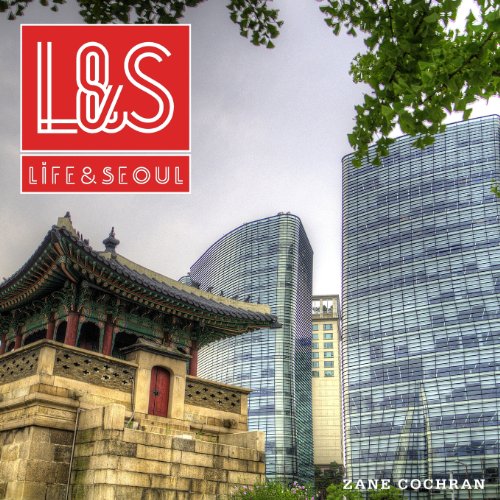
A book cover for Life & Seoul; Zane Cochran; Travel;